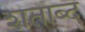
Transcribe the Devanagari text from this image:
शताब्द